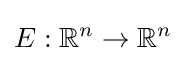
E:\mathbb {R} ^{n}\to \mathbb {R} ^{n}